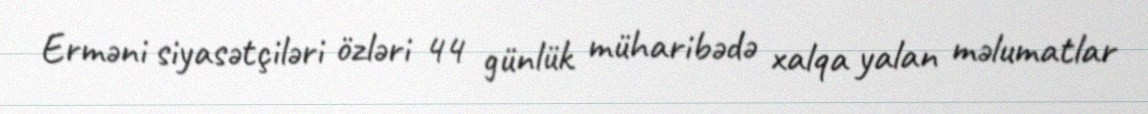
Erməni siyasətçiləri özləri 44 günlük müharibədə xalqa yalan məlumatlar